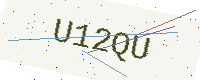
Text: U12QU